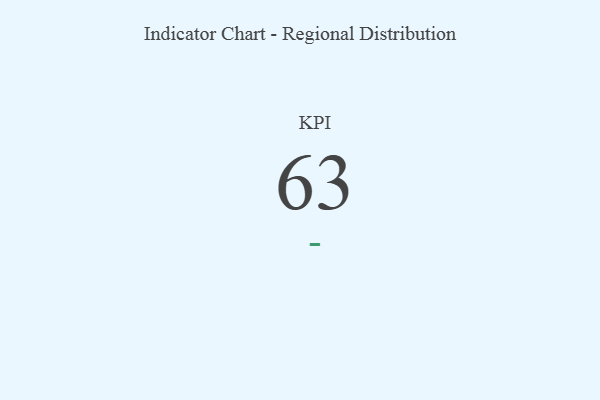
{"axis": {"x": "KPI", "y": "Value"}, "legend": [""], "data": [{"x": "KPI", "y": 63, "type": ""}]}